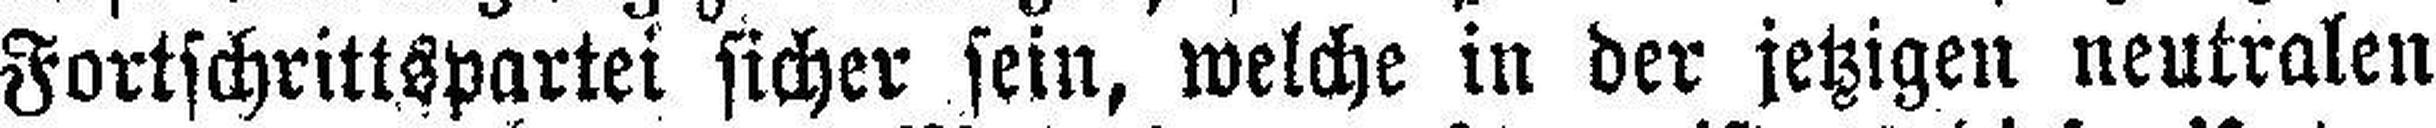
Fortschrittspartei sicher sein, welche in der jetzigen neutralen